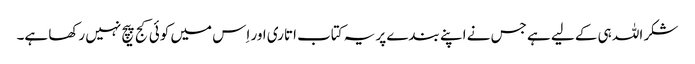
شکر اللہ ہی کے لیے ہے جس نے اپنے بندے پر یہ کتاب اتاری اور اِس میں کوئی کج پیچ نہیں رکھا ہے۔